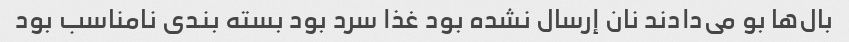
بال‌ها بو می‌دادند نان إرسال نشده بود غذا سرد بود بسته بندی نامناسب بود